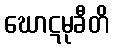
ဃောဋမုခီတိ